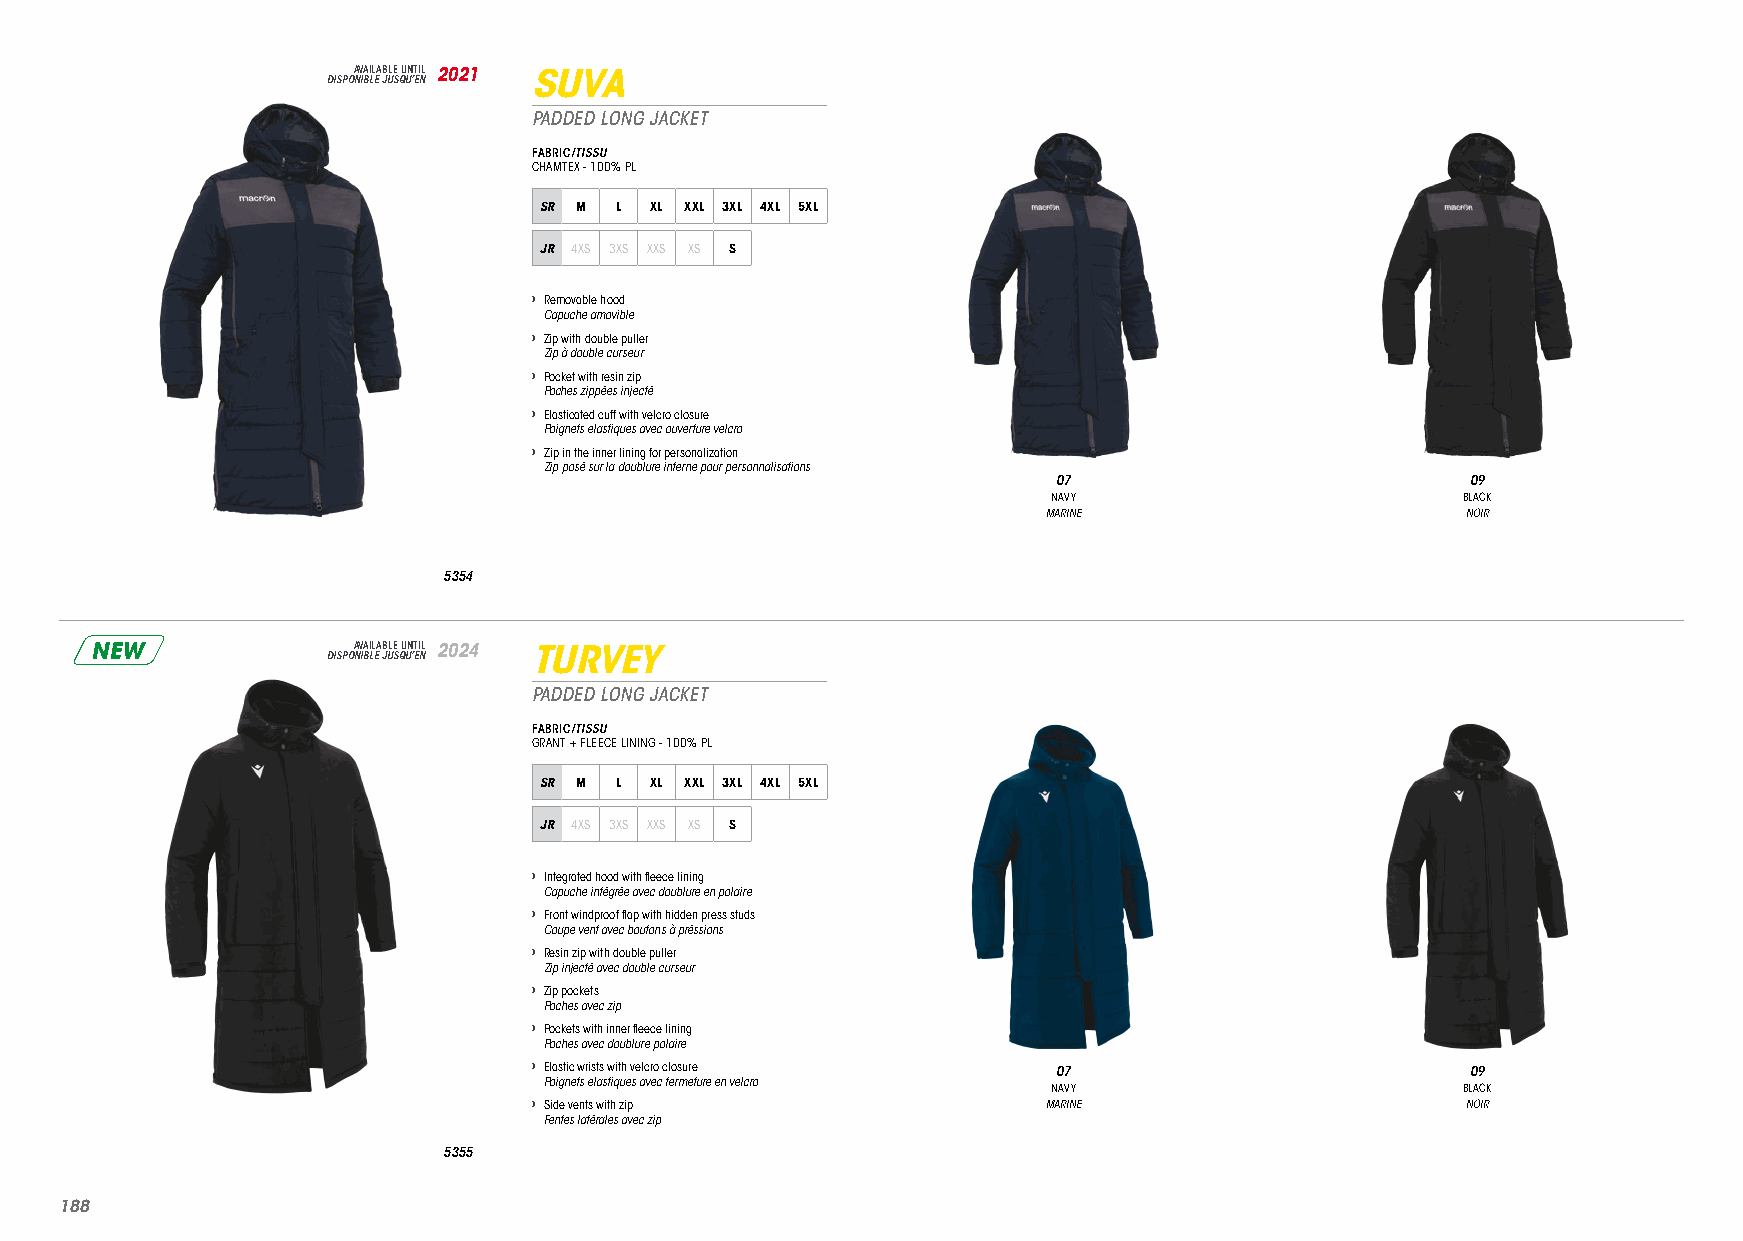
DISPOA NV IBA LIL EA JB ULE S QU UN ’T EI NL 2021 SUVA
 PADDED LONG JACKET
 FABRIC/TISSU
 CHAMTEX - 100% PL
 SR M L XL XXL 3XL 4XL 5XL
 JR 4XS 3XS XXS XS S
 › Removable hood
 Capuche amovible
 › Zip with double puller
 Zip à double curseur
 › Pocket with resin zip
 Poches zippées injecté
 › Elasticated cuff with velcro closure
 Poignets elastiques avec ouverture velcro
 › Zip in the inner lining for personalization
 Zip posé sur la doublure interne pour personnalisations
 07                         09
 NAVY                       BLACK
 MARINE                      NOIR
 5354
 NEW             DISPOA NV IBA LIL EA JB ULE S QU UN ’T EI NL 2024 TURVEY
 PADDED LONG JACKET
 FABRIC/TISSU
 GRANT + FLEECE LINING - 100% PL
 SR M L XL XXL 3XL 4XL 5XL
 JR 4XS 3XS XXS XS S
 › Integrated hood with fleece lining
 Capuche intégrée avec doublure en polaire
 › Front windproof flap with hidden press studs
 Coupe vent avec boutons à préssions
 › Resin zip with double puller
 Zip injecté avec double curseur
 › Zip pockets
 Poches avec zip
 › Pockets with inner fleece lining
 Poches avec doublure polaire
 › Elastic wrists with velcro closure 07                       09
 Poignets elastiques avec fermeture en velcro
 NAVY                       BLACK
 › Side vents with zip             MARINE                      NOIR
 Fentes latérales avec zip
 5355
 118888